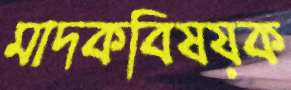
মাদকবিষয়ক